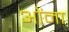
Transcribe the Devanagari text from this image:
ओंना